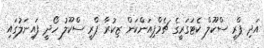
އަދި ޕްރީ ސްކޫލް ކެޓަގަރީގެ ޗެމްޕިއަންކަން ޒިކުރާ ޕްރީ ސްކޫލު ހޯދީ ފައިނަލުގައި